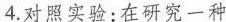
4.对照实验：在研究一种